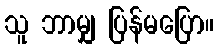
သူ ဘာမျှ ပြန်မပြော။